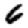
Digit: 6